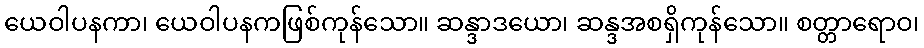
ယေဝါပနကာ၊ ယေဝါပနကဖြစ်ကုန်သော။ ဆန္ဒာဒယော၊ ဆန္ဒအစရှိကုန်သော။ စတ္တာရောဝ၊